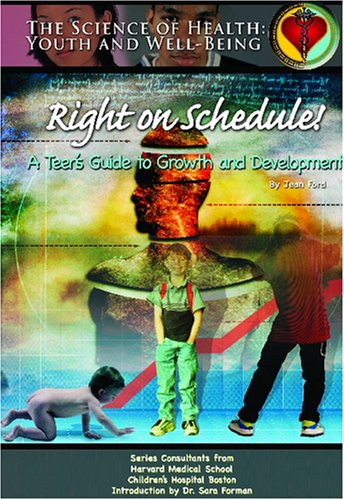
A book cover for Right On Schedule!: A Teen's Guide To Growth And Development (The Science of Health: Youth and Will-Being); Jean Ford; Teen & Young Adult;